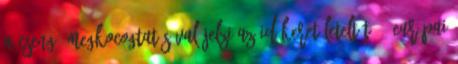
a csengő megkocogtatásával jelzi az időkeret leteltét. , európai